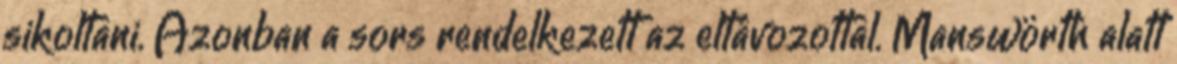
sikoltani. Azonban a sors rendelkezett az eltávozottal. Manswörth alatt